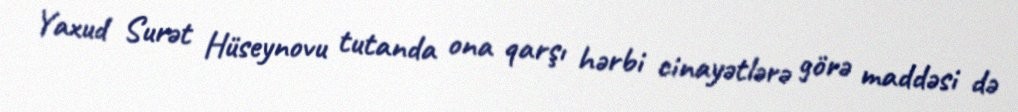
Yaxud Surət Hüseynovu tutanda ona qarşı hərbi cinayətlərə görə maddəsi də